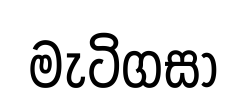
මැටිගසා